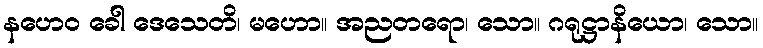
နဟေဝ ခေါ ဒေသေတိ၊ မဟော။ အညတရော၊ သော။ ဂရုဋ္ဌာနိယော၊ သော။